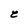
Character: e